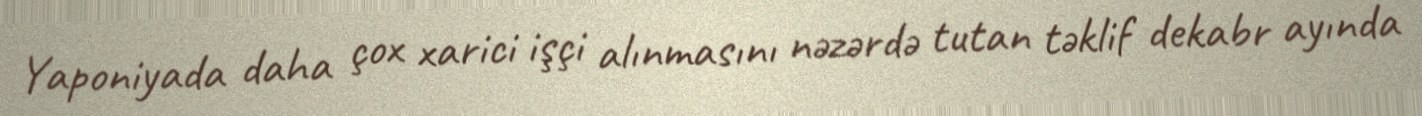
Yaponiyada daha çox xarici işçi alınmasını nəzərdə tutan təklif dekabr ayında